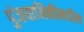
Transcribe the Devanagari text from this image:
पुंजयामिकीमधील